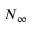
N _ { \infty }